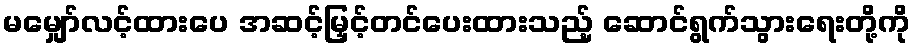
မမျှော်လင့်ထားပေ အဆင့်မြှင့်တင်ပေးထားသည့် ဆောင်ရွက်သွားရေးတို့ကို